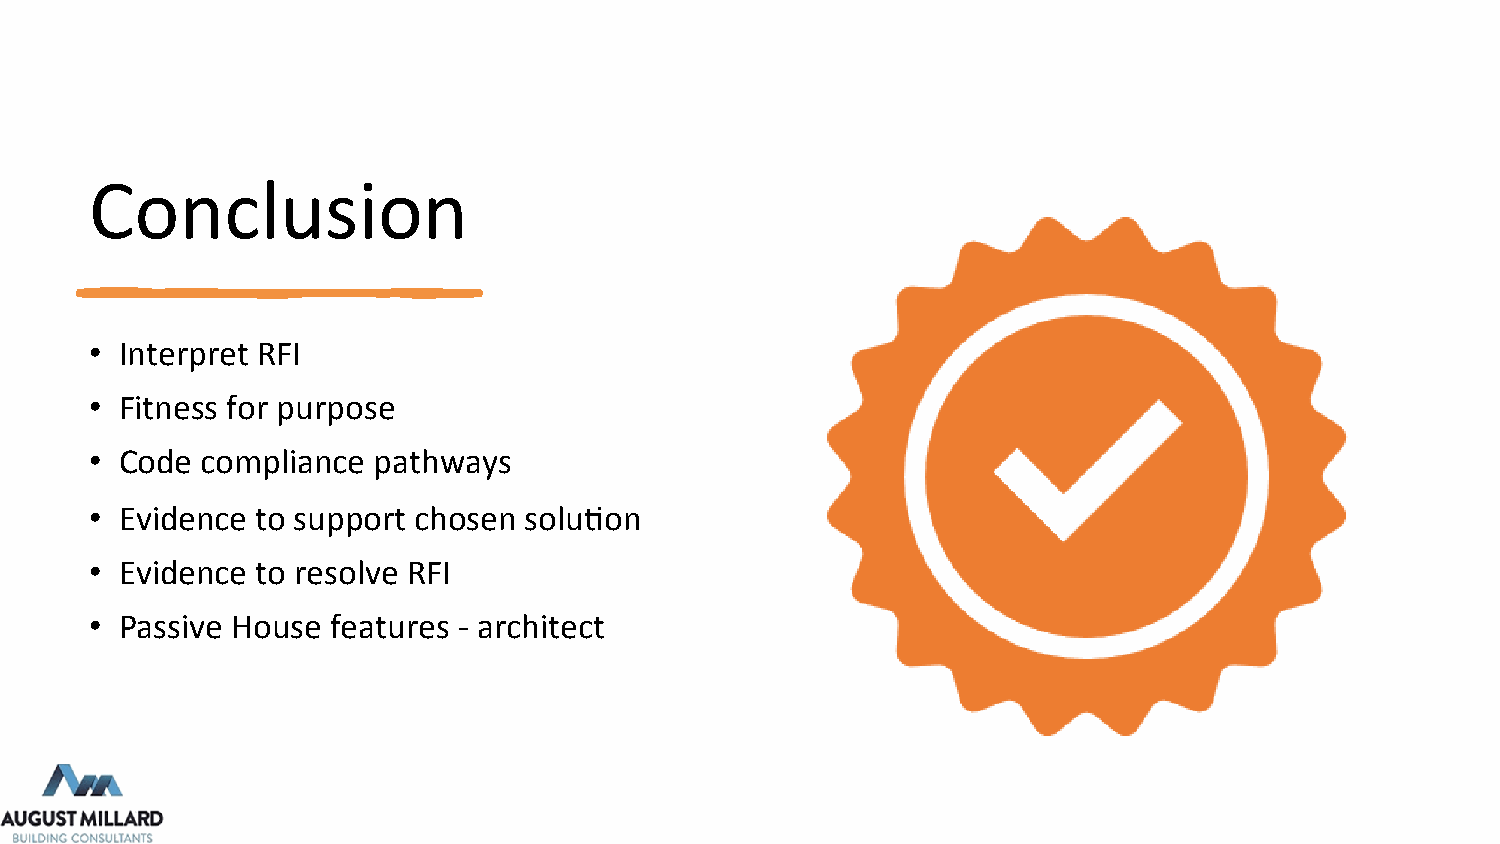
Conclusion
 • Interpret RFI
 • Fitness for purpose
 • Code compliance  pathways
 • Evidence to support chosen solu4on
 • Evidence to resolve RFI
 • Passive House features - architect